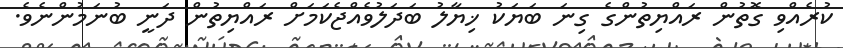
ކުރެއްވި ގޮތުން ރައްޔިތުންގެ ގިނަ ބަޔަކު ޚިޔާލު ބަދަލުވެއްޖެކަމަށް ރައްޔިތުން ދަނީ ބުނަމުންނެވެ.